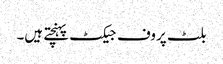
بلٹ پروف جیکٹ پہنچتے ہیں۔